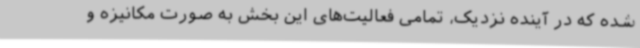
شده که در آینده نزدیک، تمامی فعالیت‌های این بخش به صورت مکانیزه و